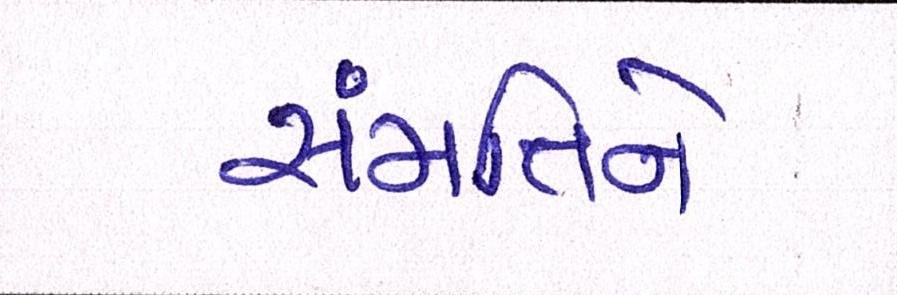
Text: સંમતિને